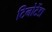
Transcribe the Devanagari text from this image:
टिनोटेंडा